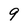
Character: 9